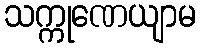
သက္ကုဏေယျာမ